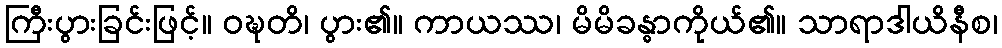
ကြီးပွားခြင်းဖြင့်။ ဝဍ္ဎတိ၊ ပွား၏။ ကာယဿ၊ မိမိခန္ဓာကိုယ်၏။ သာရာဒါယိနီစ၊